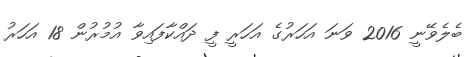
ބެލެވޭނީ 2016 ވަނަ އަހަރުގެ އަހަރީ ފީ ދައްކާފައިވާ އުމުރުން 18 އަހަރު